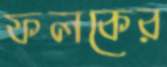
ফলকের